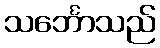
သင်္ဘောသည်